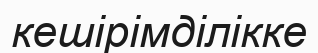
кешірімділікке